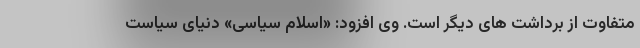
متفاوت از برداشت های دیگر است. وی افزود: «اسلام سیاسی» دنیای سیاست